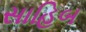
સાહિબ